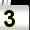
Digit: 3